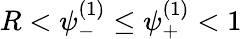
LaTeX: R<\psi_{-}^{(1)}\leq\psi_{+}^{(1)}<1